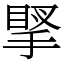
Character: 𢯲